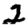
Digit: 2